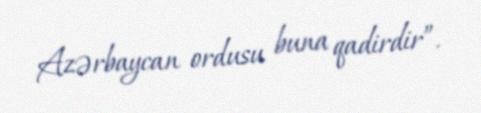
Azərbaycan ordusu buna qadirdir”.